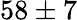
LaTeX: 58\pm 7